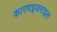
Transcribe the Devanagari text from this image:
कारणइजराइल